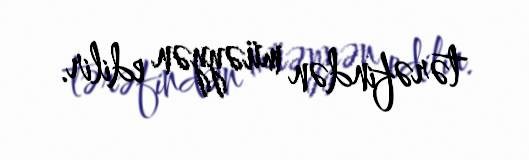
tərəfindən müəyyən edilir.